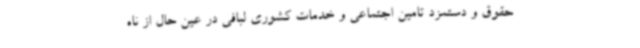
حقوق و دستمزد تامین اجتماعی و خدمات کشوری لبافی در عین حال از ناه